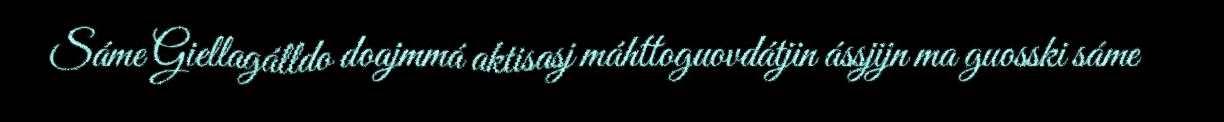
Sáme Giellagálldo doajmmá aktisasj máhttoguovdátjin ássjijn ma guosski sáme